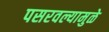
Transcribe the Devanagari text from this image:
पसरवल्यामुळे